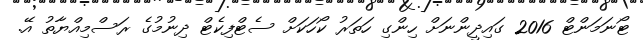
ޓޯނަމަންޓް 2016 ގައިދީންނަށް ހިންގި ހަތަރު ކޯހަކަށް ސެޓްފިކެޓް ދިނުމުގެ ރަސްމިއްޔާތު އޭ.